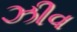
ઝીવ